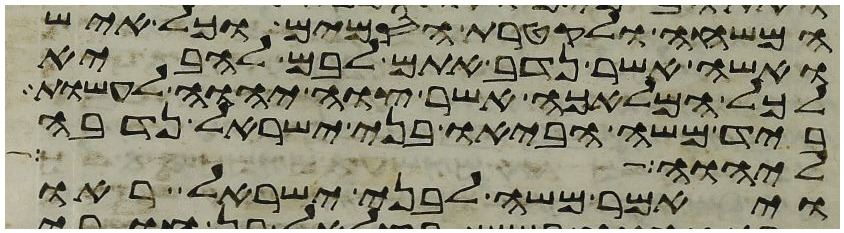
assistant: המשחה ולקטרת הסמים וכל איש
ואשה אשר נדב אתם לבם להביא
לכל המלאכה אשר צוה יהוה לעשות
ביד משה הביאו בני ישראל נדבה
ליהוה את ימי
ויאמר משה לבני ישראל ראו